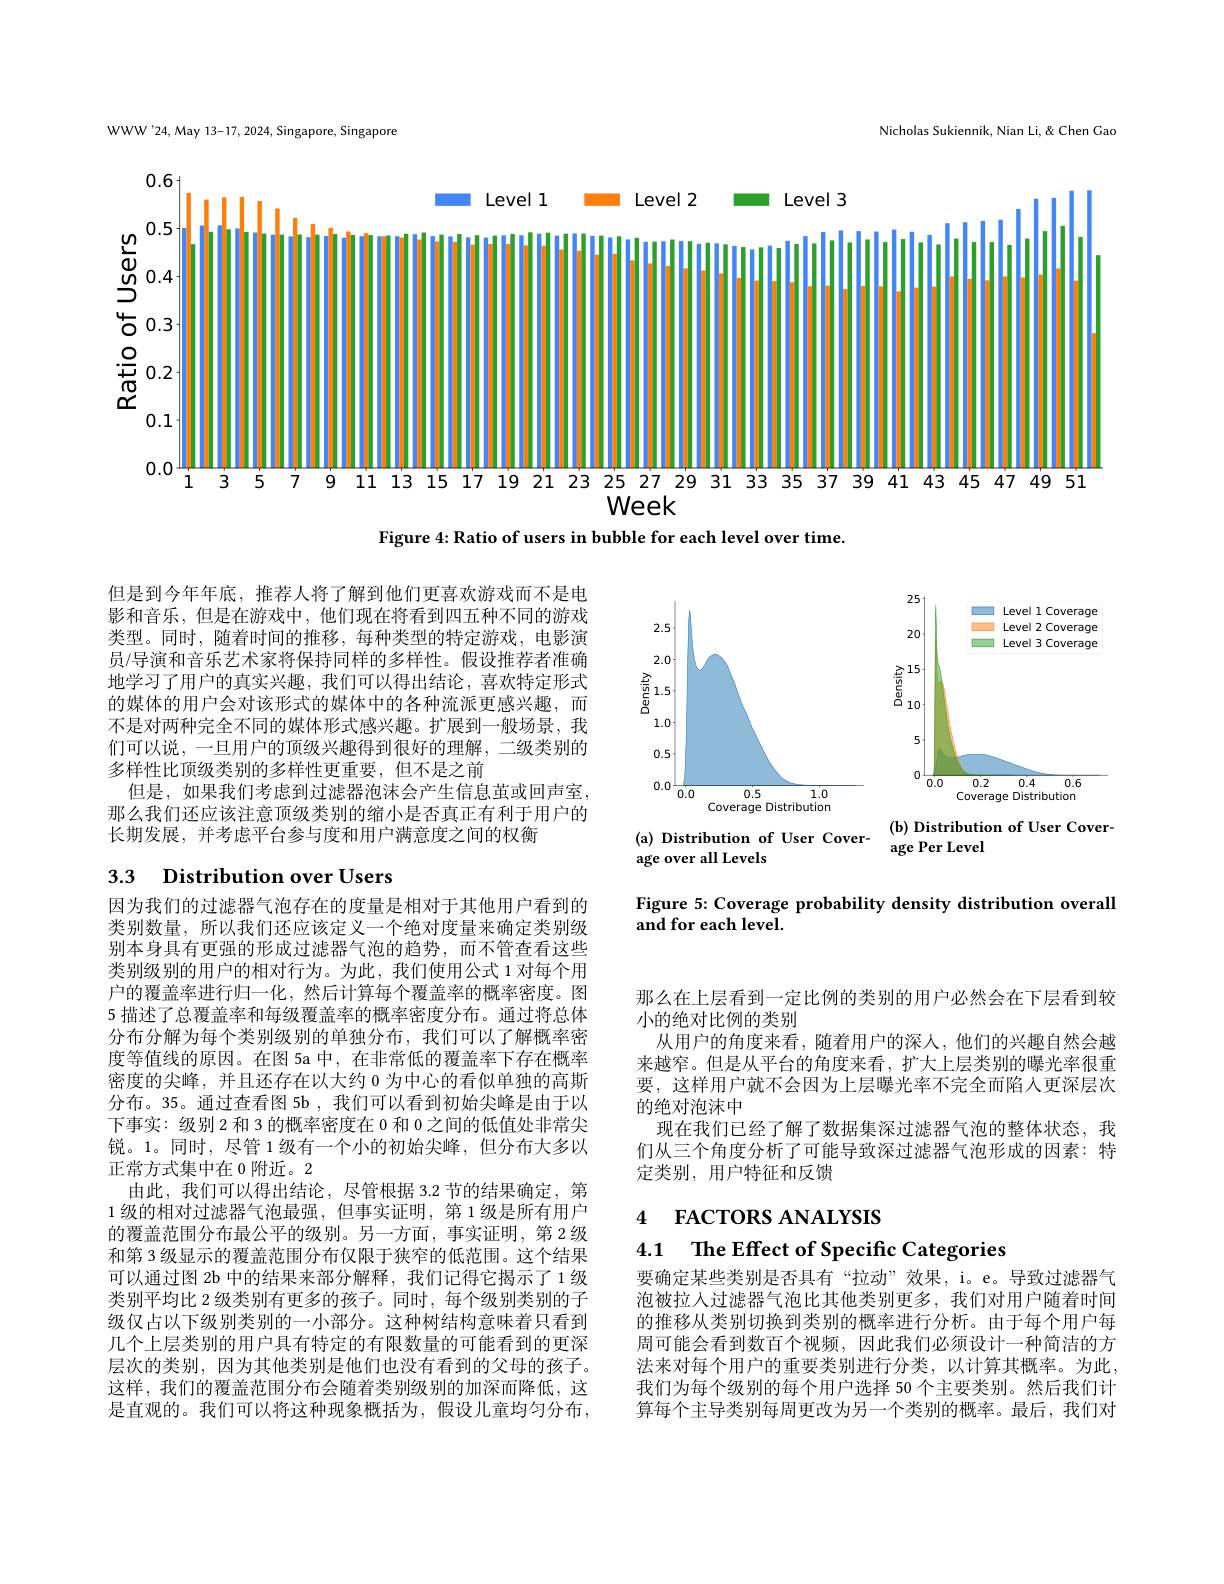
WWW'24, May 13-17, 2024, Singapore, Singapore

Nicholas Sukiennik, Nian Li, & Chen Gad

<FigureHere>

Figure 4: Ratio of users in bubble for each level over time.

<FigureHere>

(b) Distribution of User Cover-

但是到今年年底，推荐人将了解到他们更喜欢游戏而不是电影和音乐，但是在游戏中，他们现在将看到四五种不同的游戏类型。同时，随着时间的推移，每种类型的特定游戏，电影演员/导演和音乐艺术家将保持同样的多样性。假设推荐者准确地学习了用户的真实兴趣，我们可以得出结论，喜欢特定形式的媒体的用户会对该形式的媒体中的各种流派更感兴趣，而不是对两种完全不同的媒体形式感兴趣。扩展到一般场景，我们可以说，一旦用户的顶级兴趣得到很好的理解，二级类别的多样性比顶级类别的多样性更重要，但不是之前
但是，如果我们考虑到过滤器泡沫会产生信息茧或回声室， 那么我们还应该注意顶级类别的缩小是否真正有利于用户的长期发展，并考虑平台参与度和用户满意度之间的权衡

(a) Distribution of User Cover- age Per Level

age over all Levels

# 3.3 $\textbf{Distribution over Users}$

Figure 5: Coverage probability density distribution overall
and for each level.

那么在上层看到一定比例的类别的用户必然会在下层看到较
小的绝对比例的类别
从用户的角度来看，随着用户的深人，他们的兴趣自然会越来越窄。但是从平台的角度来看，扩大上层类别的曝光率很重要，这样用户就不会因为上层曝光率不完全而陷入更深层次的绝对泡沫中
现在我们已经了解了数据集深过滤器气泡的整体状态，我们从三个角度分析了可能导致深过滤器气泡形成的因素：特定类别，用户特征和反馈

因为我们的过滤器气泡存在的度量是相对于其他用户看到的类别数量，所以我们还应该定义一个绝对度量来确定类别级别本身具有更强的形成过滤器气泡的趋势，而不管查看这些类别级别的用户的相对行为。为此，我们使用公式 1 对每个用户的覆盖率进行归一化，然后计算每个覆盖率的概率密度。图5 描述了总覆盖率和每级覆盖率的概率密度分布。通过将总体分布分解为每个类别级别的单独分布，我们可以了解概率密度等值线的原因。在图 5a 中，在非常低的覆盖率下存在概率密度的尖峰，并且还存在以大约 0 为中心的看似单独的高斯分布。35。通过查看图 5b ,我们可以看到初始尖峰是由于以下事实：级别 2 和 3 的概率密度在 0 和 0 之间的低值处非常尖锐。1。同时，尽管 1 级有一个小的初始尖峰，但分布大多以正常方式集中在 0 附近。2
由此，我们可以得出结论，尽管根据 3.2 节的结果确定，第1 级的相对过滤器气泡最强，但事实证明，第 1 级是所有用户的覆盖范围分布最公平的级别。另一方面，事实证明，第 2 级和第 3 级显示的覆盖范围分布仅限于狭窄的低范围。这个结果可以通过图 2b 中的结果来部分解释，我们记得它揭示了1级类别平均比 2 级类别有更多的孩子。同时，每个级别类别的子级仅占以下级别类别的一小部分。这种树结构意味着只看到几个上层类别的用户具有特定的有限数量的可能看到的更深层次的类别，因为其他类别是他们也没有看到的父母的孩子。这样，我们的覆盖范围分布会随着类别级别的加深而降低，这是直观的。我们可以将这种现象概括为，假设儿童均匀分布，

4 FACTORS ANALYSIS

4.1 $\textbf{The Effect of Specific Categories}$

要确定某些类别是否具有“拉动”效果，i。e。导致过滤器气泡被拉人过滤器气泡比其他类别更多，我们对用户随着时间的推移从类别切换到类别的概率进行分析。由于每个用户每周可能会看到数百个视频，因此我们必须设计一种简洁的方法来对每个用户的重要类别进行分类，以计算其概率。为此我们为每个级别的每个用户选择 50 个主要类别。然后我们计算每个主导类别每周更改为另一个类别的概率。最后，我们对